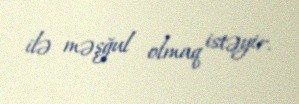
ilə məşğul olmaq istəyir.